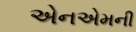
એનએમની